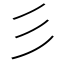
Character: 彡